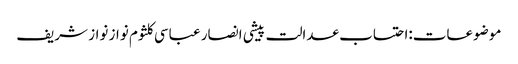
موضوعات:احتساب عدالت پیشی انصار عباسی کلثوم نواز نواز شریف